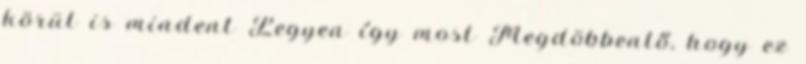
körül is mindent Legyen így most Megdöbbentő, hogy ez